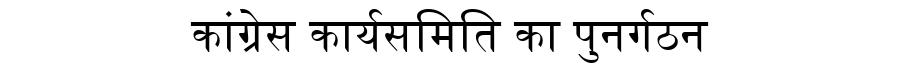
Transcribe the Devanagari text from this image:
कांग्रेस कार्यसमिति का पुनर्गठन